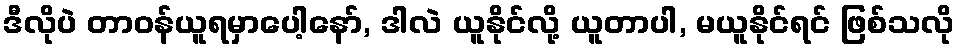
ဒီလိုပဲ တာဝန်ယူရမှာပေါ့နော်, ဒါလဲ ယူနိုင်လို့ ယူတာပါ, မယူနိုင်ရင် ဖြစ်သလို